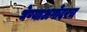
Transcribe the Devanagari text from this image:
घेण्याअगोदरच